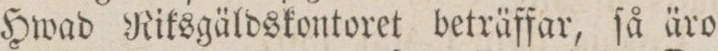
Hwad Riksgäldskontoret beträffar, ſå äro